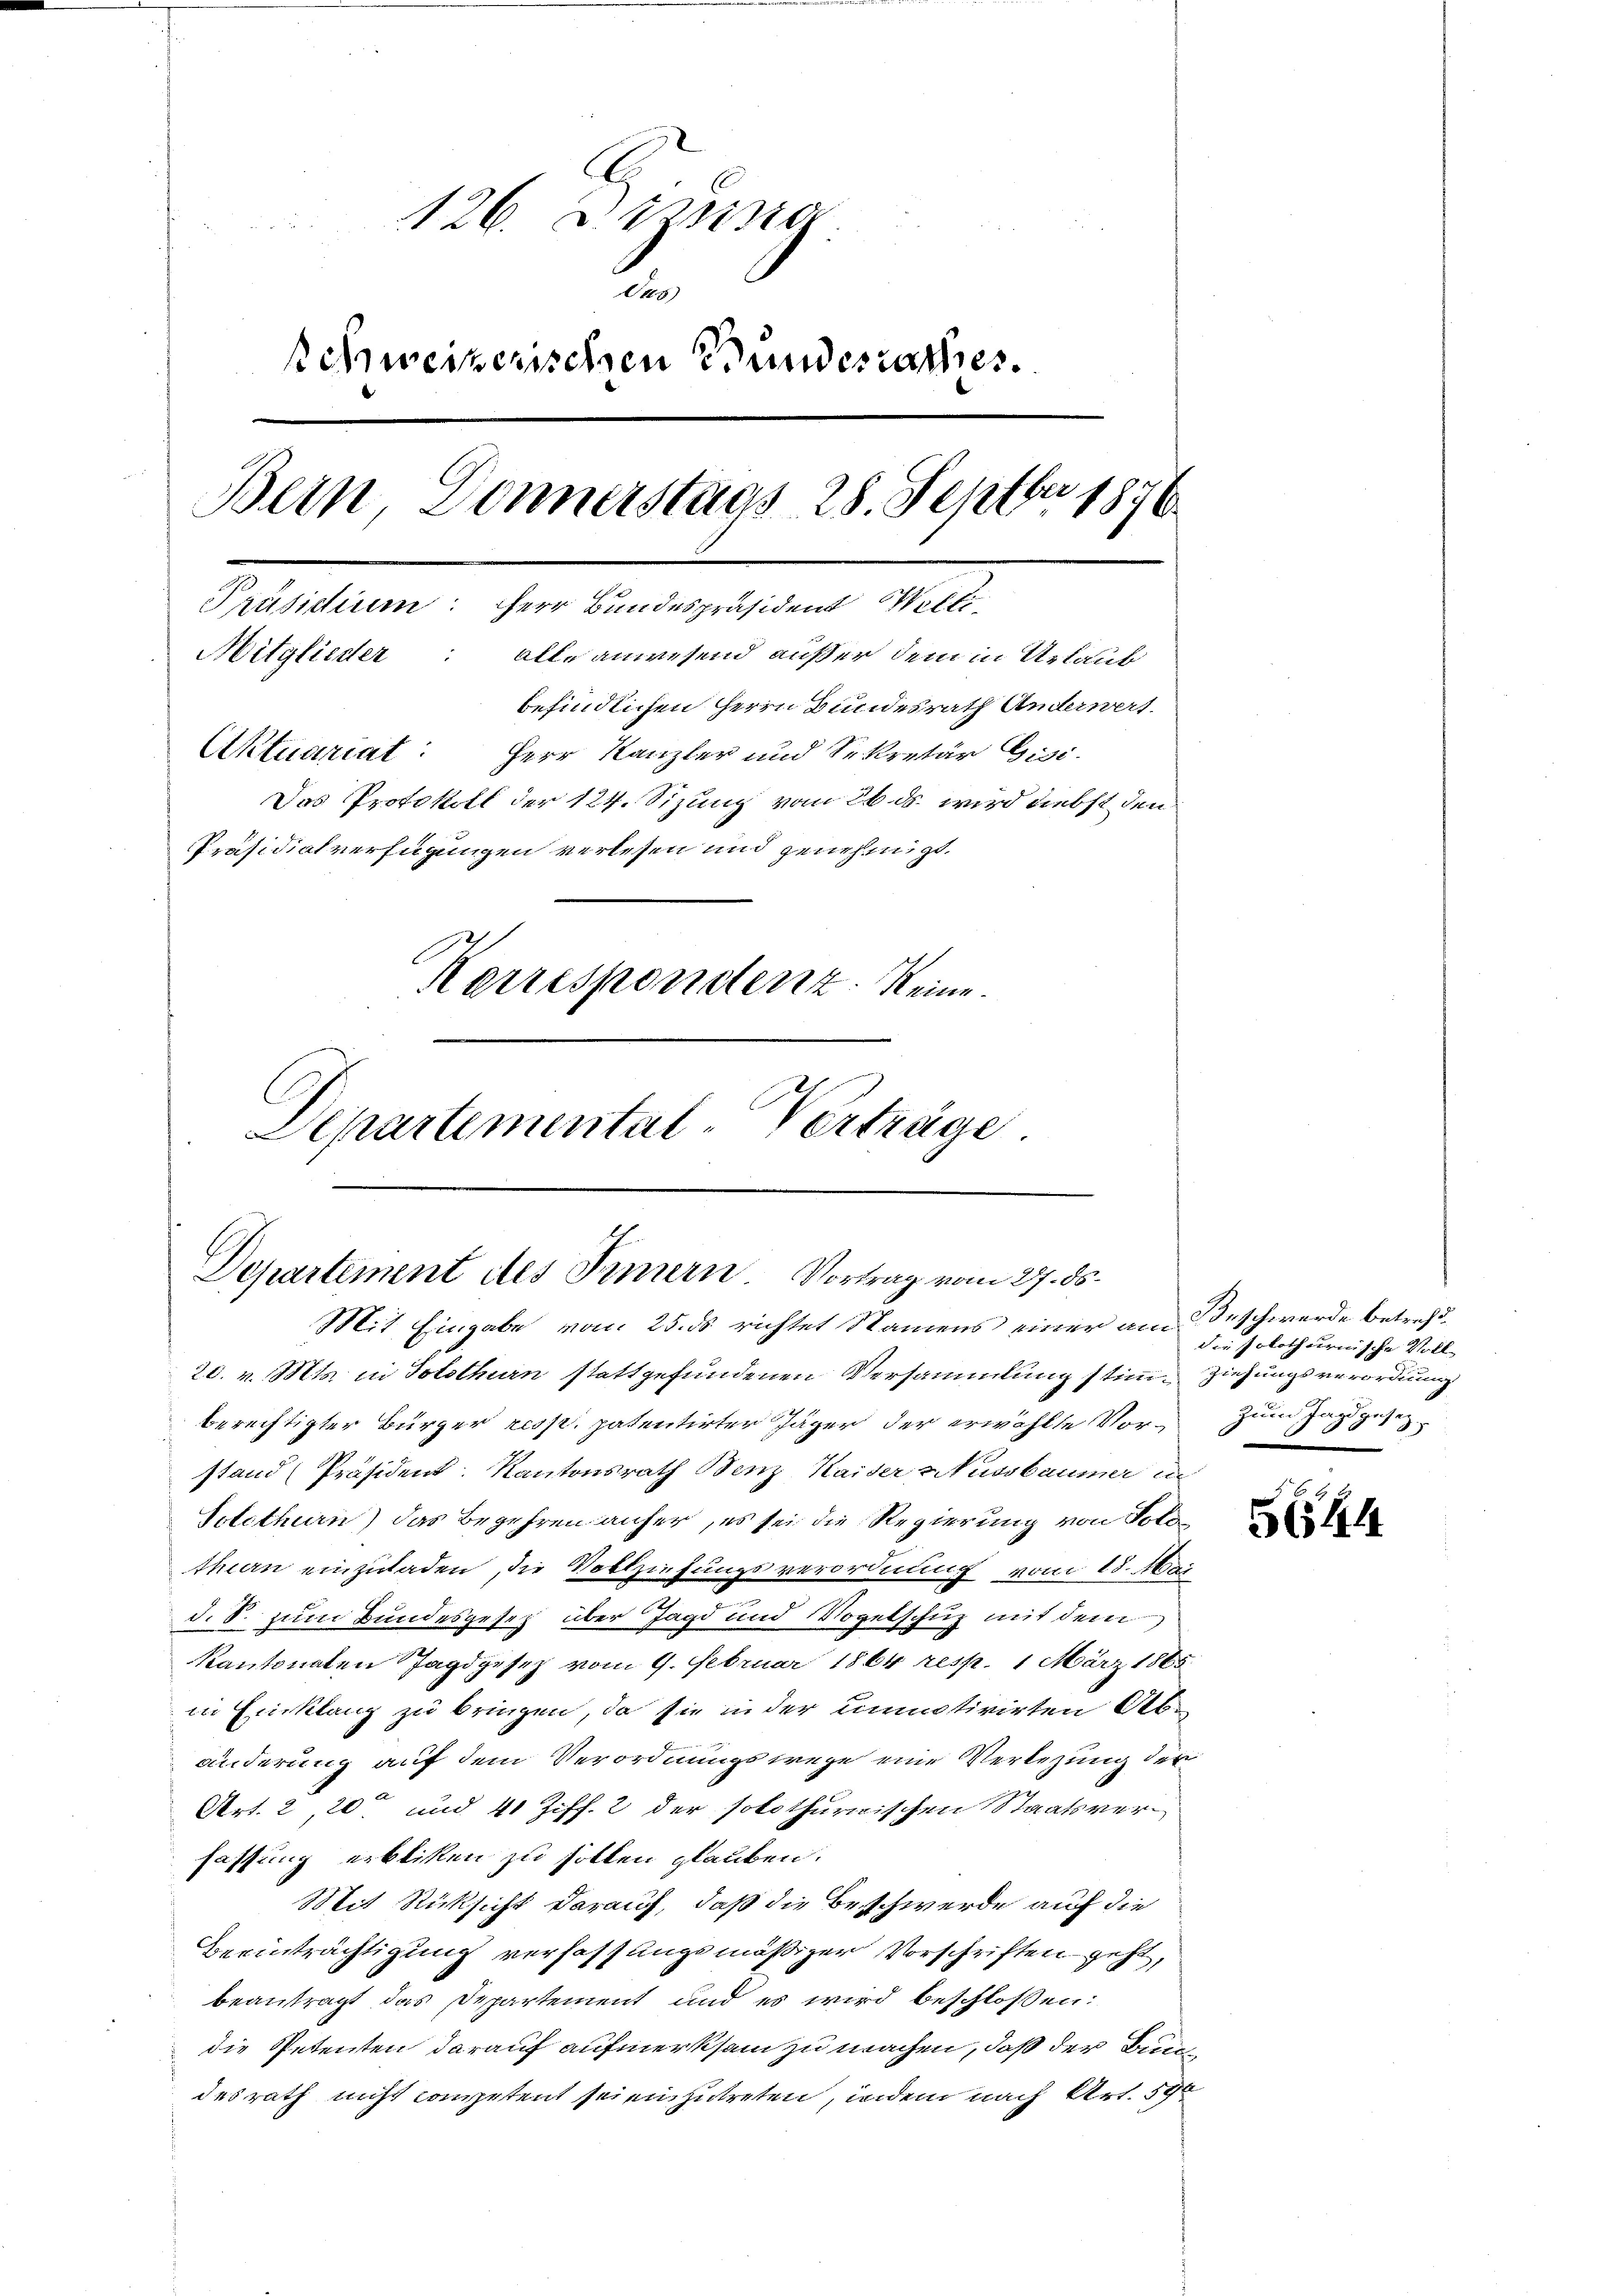
E
126. d. Spina
de
schweizerischen Bundesrathes.
s
Bern, Donnerstags 28. Sept 1876.
Präsidium: Herr Bundespräsident Willi
Mitglieder: alle anwesend außer dem in Urlaub
befindlichen Herrn Bundesrath Anderwert.
Aktuariat: Herr Kanzler und Sekretär Gisi-
Das Protokoll der 124. Sizung vom 26. ds. wird diebst den
Präsidialverfügungen verlesen und genehmigt.
Kerrespondenz. Reine
Separtemental-Verträge

Departement des Innern. Vortrag vom 27. ds.
Mit Eingabe vom 25. ds richtet Namens einer am Beschwerde betreff¬

20. v. Mts. in Solothurn stattgefundenen Versammlung stimmziehungsverordnung
berechtigter Bürger resp. patentirter Jäger der erwählte Vor- zum Tag gesetz
stand Präsident. Kantonsrath Benz, Haider Nussbaumer in
Solothurn) das Begehren anher, es sei die Regierung von Solothurn einzuladen, die Vollziehungsverordnung vom 18. Mai
d. S. zum Bundesgesetz über Jagd und Vogelschuz mit der
kantonaten Jagdgesez vom 9. Februar 1864 resp. 1 März 1865
in Einklang zu bringen, da sie in der unmotivirten Abänderung auf dem Verordnungswege eine Verlegung der
Art. 2, 20 und 41 Ziff. 2 der solothurwischen Staatsverfassung erblicken zu sollen glauben.
Mit Rücksicht darauf, daß die Beschwerde auf die
Beeinträchtigung verfassungsmäßiger Vorschriften geht,
beantragt das Departement und es wird beschlossen:
die Petenten darauf aufmerksam zu machen, daß der Bundesrath nicht competent seien zutreten, indem nach Art. 590

die solothurnische Voll-

5644